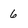
Character: 6